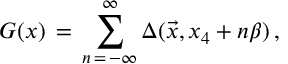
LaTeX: G ( x ) \, = \, \sum _ { n \, = \, - \infty } ^ { \infty } \Delta ( { \vec { x } } , x _ { 4 } + n \beta ) \, ,